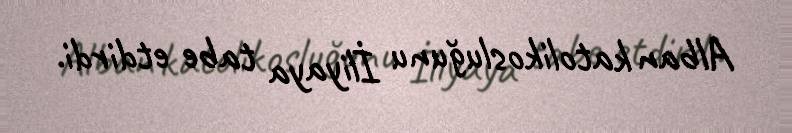
Alban katolikosluğunu İliyaya tabe etdirdi.